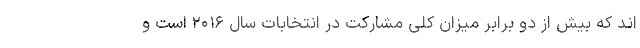
اند که بیش از دو برابر میزان کلی مشارکت در انتخابات سال ۲۰۱۶ است و